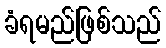
ခံရမည်ဖြစ်သည်